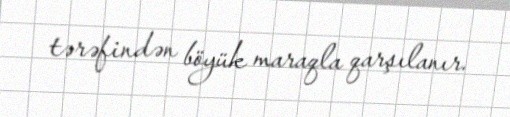
tərəfindən böyük maraqla qarşılanır.